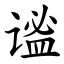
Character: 谧